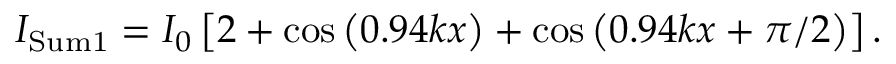
I _ { \mathrm { S u m 1 } } = I _ { 0 } \left[ 2 + \cos \left( 0 . 9 4 k x \right) + \cos \left( 0 . 9 4 k x + \pi / 2 \right) \right] .